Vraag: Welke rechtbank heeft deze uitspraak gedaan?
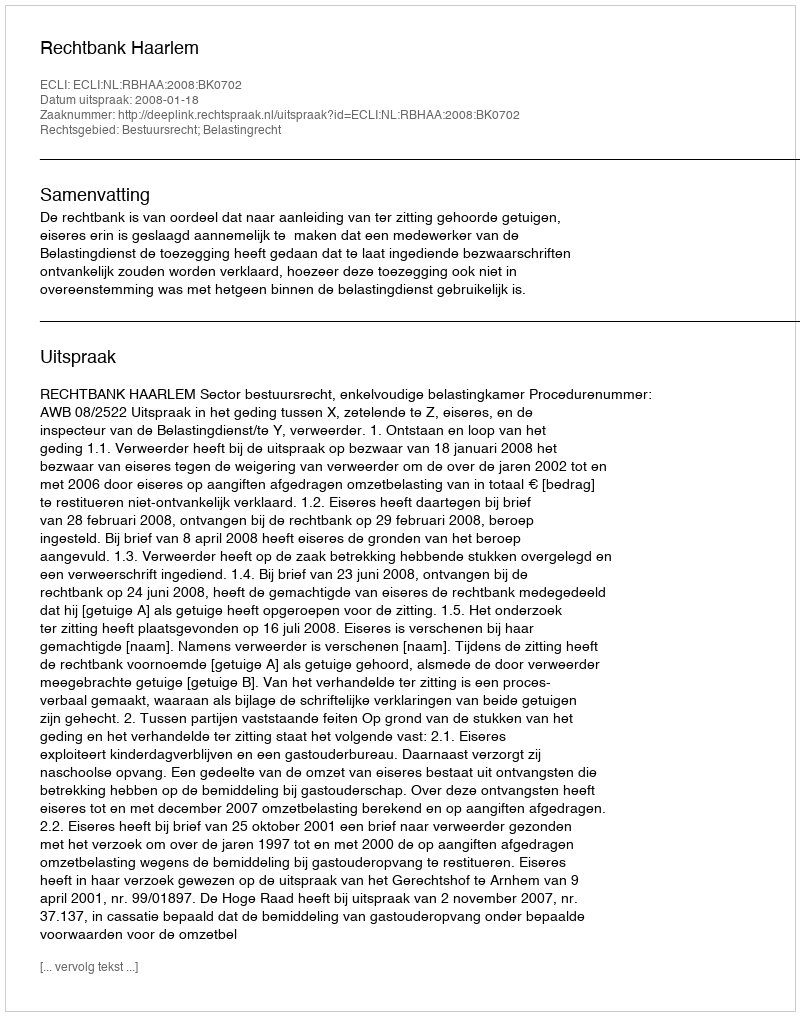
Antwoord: Rechtbank Haarlem